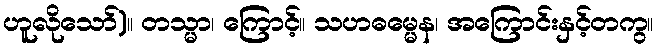
ဟူလိုသော်)။ တသ္မာ၊ ကြောင့်။ သဟဓမ္မေန၊ အကြောင်းနှင့်တကွ။